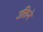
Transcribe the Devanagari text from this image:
उक्तिने